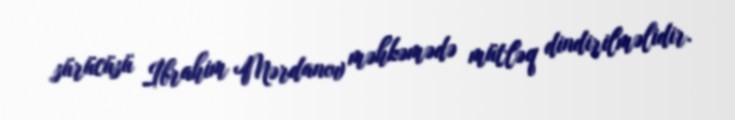
sürücüsü İbrahim Mərdanov məhkəmədə mütləq dindirilməlidir.